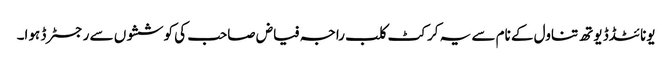
یونائٹڈڈ یوتھ تناول کے نام سے یہ کرکٹ کلب راجہ فیاض صاحب کی کوششوں سے رجسٹرڈ ہوا۔